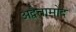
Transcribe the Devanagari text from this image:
अद्वैतामोद